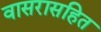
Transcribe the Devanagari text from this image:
वासरासहित